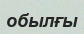
обылғы